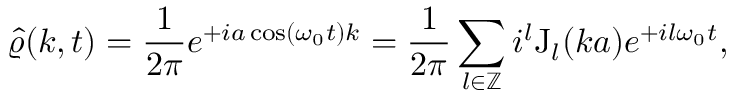
\hat { \varrho } ( k , t ) = \frac { 1 } { 2 \pi } e ^ { + i a \cos ( \omega _ { 0 } t ) k } = \frac { 1 } { 2 \pi } \sum _ { l \in \mathbb { Z } } i ^ { l } \mathrm { J } _ { l } ( k a ) e ^ { + i l \omega _ { 0 } t } ,